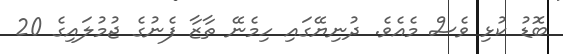
ބޮޑު ކުޅި ވެސް މެއެވެ. ދުނިޔޭގައި ހިމެނޭ ތާޒާ ފެނުގެ ޖުމުލައިގެ 20